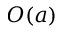
O ( a )